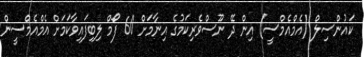
ކައުންސިލް (އެމްއެމްސީ) އިން ދޭ ނޫސްވެރިކަމުގެ އިނާމަށް 60 ފޯމް ލިބިފައިވާކަމަށް އެމްއެމްސީން